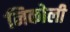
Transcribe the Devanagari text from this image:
निकोली